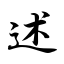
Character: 述